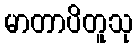
မာတာပိတူသု